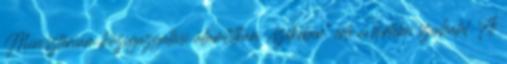
Minisztéri­um közigazgatási államtitkári „székében” érte a hirtelen szívhalál. A